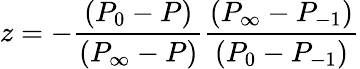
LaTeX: z=-\frac{(P_{0}-P)}{(P_{\infty}-P)}\frac{(P_{\infty}-P_{-1})}{(P_{0}-P_{-1})}